Aleksander_Warma, lk 32
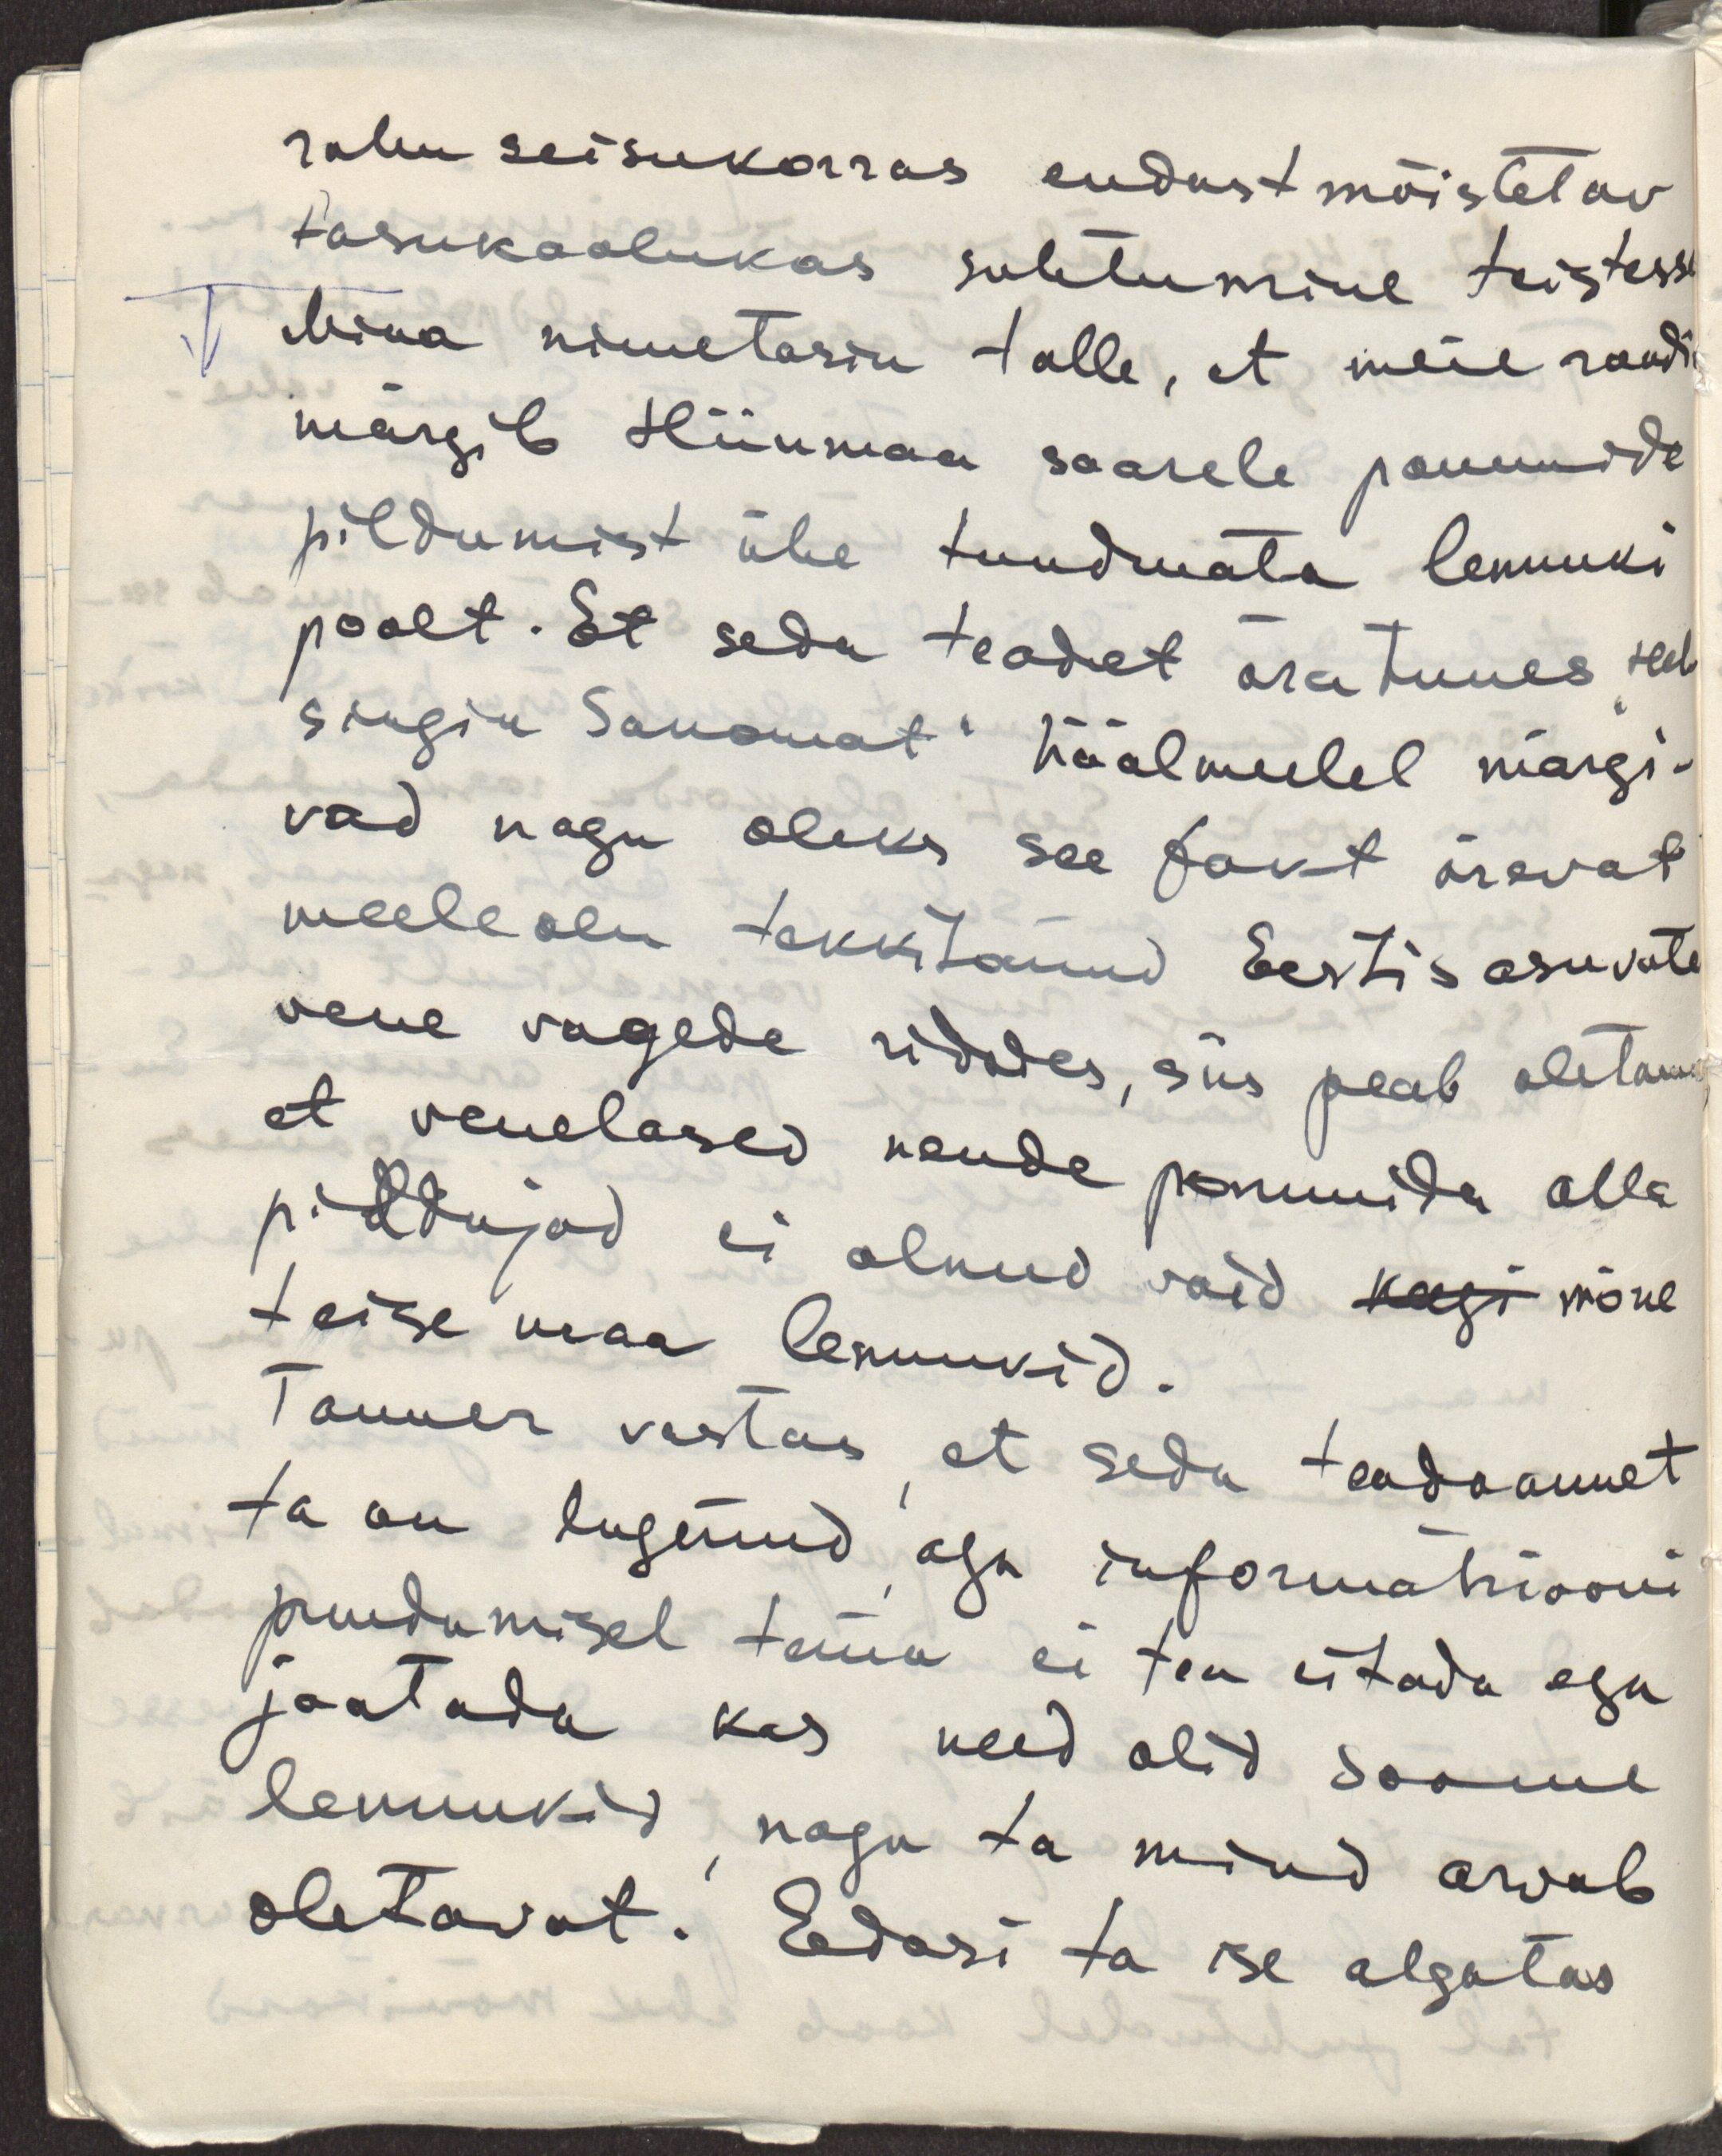
rahu seisukorras endast mõistetav
tasakaalukas suhtumine teistesse
Mina nimetasin talle, et meie saadik
märgib Hiiumaa saarele pommide
pildumist ühe tundmata lennuki
poolt. Et seda teadet ära tuues "Hel-
singin Sanomat" häälmeelel märgi-
vad nagu oleks see fakt ärevat
meeleolu tekkitanud Eestis asuvate
vene vagede ridades, siis peab oletama
et venelased nende pommide alla
pildujad ei olnud vaid keegi mõne 
teise maa lennukid.
Tanner vastas, et seda teadaannet
ta on lugenud, aga informatsiooni
puudumisel tema ei tea eitada ega
jaatada kas need olid Soome
lennukid, nagu ta mind arvab 
oletavat. Edasi ta ise algatas